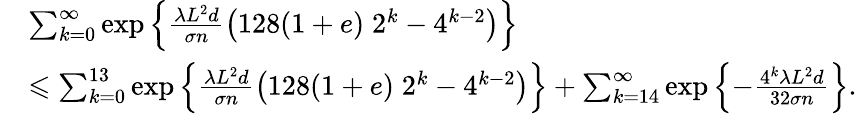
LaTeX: \begin{array}{rl}&{\sum_{k=0}^{\infty}\exp\left\{ \frac{\lambda L^{2}d}{\sigma n}\left(128(1+e)\; 2^{k}-4^{k-2}\right)\right\} }\\ &{\leqslant\sum_{k=0}^{13}\exp\left\{ \frac{\lambda L^{2}d}{\sigma n}\left(128(1+e)\; 2^{k}-4^{k-2}\right)\right\} +\sum_{k=14}^{\infty}\exp\left\{ -\frac{4^{k}\lambda L^{2}d}{32\sigma n}\right\} .}\end{array}